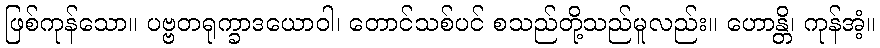
ဖြစ်ကုန်သော။ ပဗ္ဗတရုက္ခာဒယောဝါ၊ တောင်သစ်ပင် စသည်တို့သည်မူလည်း။ ဟောန္တိ၊ ကုန်အံ့။